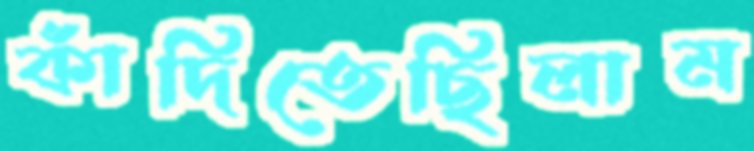
কাঁদিতেছিলাম